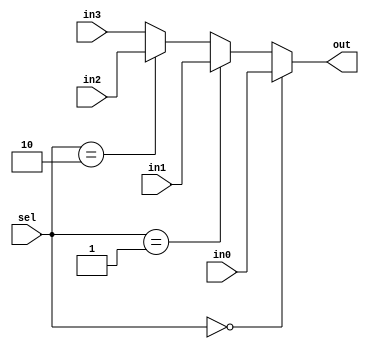
`timescale 1ns / 1ps
//////////////////////////////////////////////////////////////////////////////////
// Company: 
// Engineer: 
// 
// Design Name: 
// Module Name: mux_4x1_ifelseif
// Project Name: 
// Target Devices: 
// Tool Versions: 
// Description: 
// 
// Dependencies: 
// 
// Revision:
// Revision 0.01 - File Created
// Additional Comments:
// 
//////////////////////////////////////////////////////////////////////////////////


module mux_4x1_ifelseif(in0, in1, in2, in3,sel, out);
    input in0,in1,in2,in3;
    input [1:0] sel;
    output reg out;
        always@(in0 or in1 or in2 or in3 or sel)
            begin
                if (sel==2'b00)
                    out = in0;
                    else if (sel==2'b01)
                    out =in1;
                    else if (sel==2'b10)
                    out =in2;
                    else
                    out = in3;
                    end
endmodule